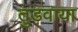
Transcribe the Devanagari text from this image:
तुड़वाया